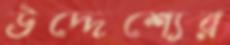
উদ্দেশ্যের